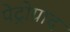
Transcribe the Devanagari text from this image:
पेट्रोग्राद